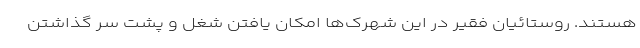
هستند. روستائیان فقیر در این شهرک‌ها امکان یافتن شغل و پشت سر گذاشتن